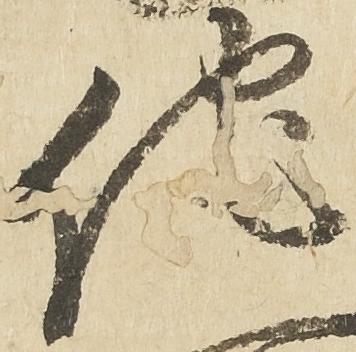
他